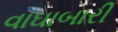
વાઘાબારી